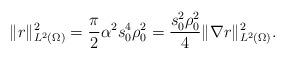
LaTeX: \begin{align*} \|r\|_{L^2(\Omega)}^2 =\frac{\pi}{2}\alpha^2s_0^4\rho_0^2 = \frac{s_0^2\rho_0^2}{4} \|\nabla r\|_{L^2(\Omega)}^2.\end{align*}